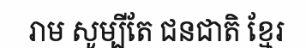
រាម សូម្បីតែ ជនជាតិ ខ្មែរ